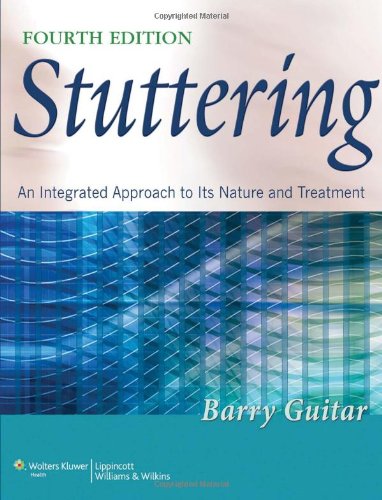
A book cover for Stuttering: An Integrated Approach to Its Nature and Treatment; Barry Guitar; Medical Books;